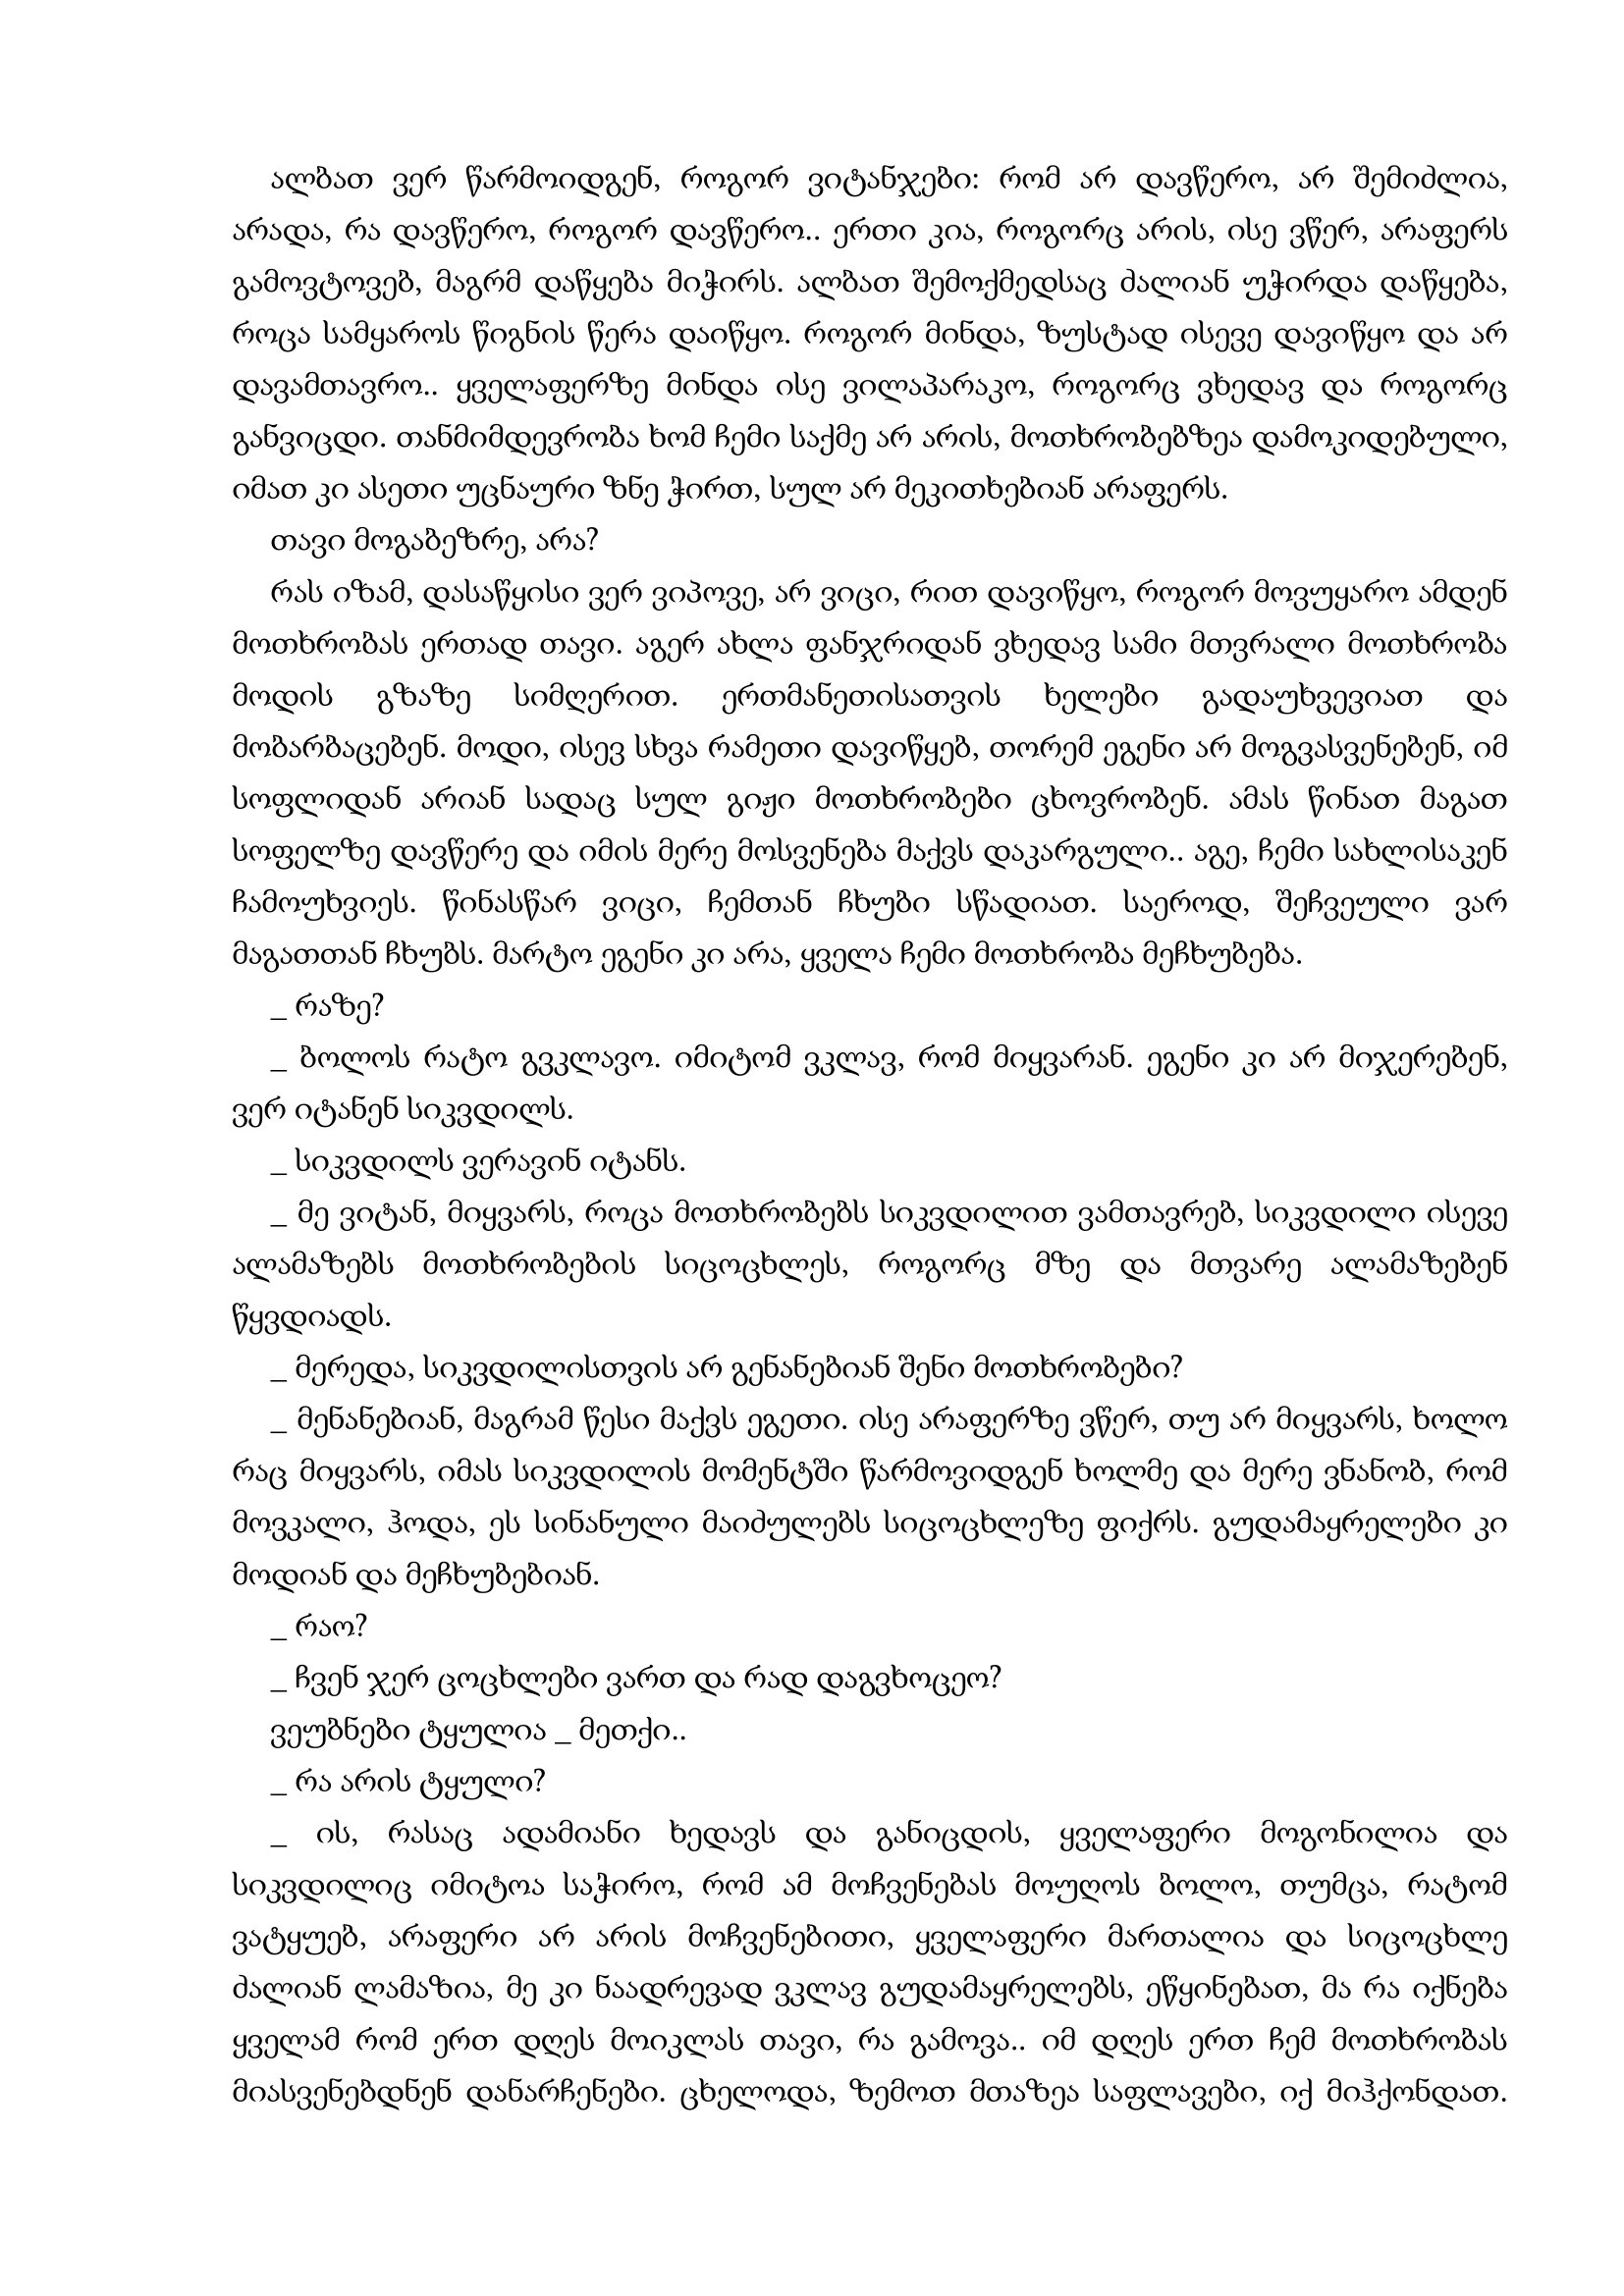
Language: gr